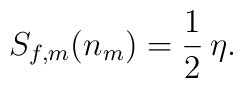
S_{f,m}(n_m) = {1\over 2}\, \eta .